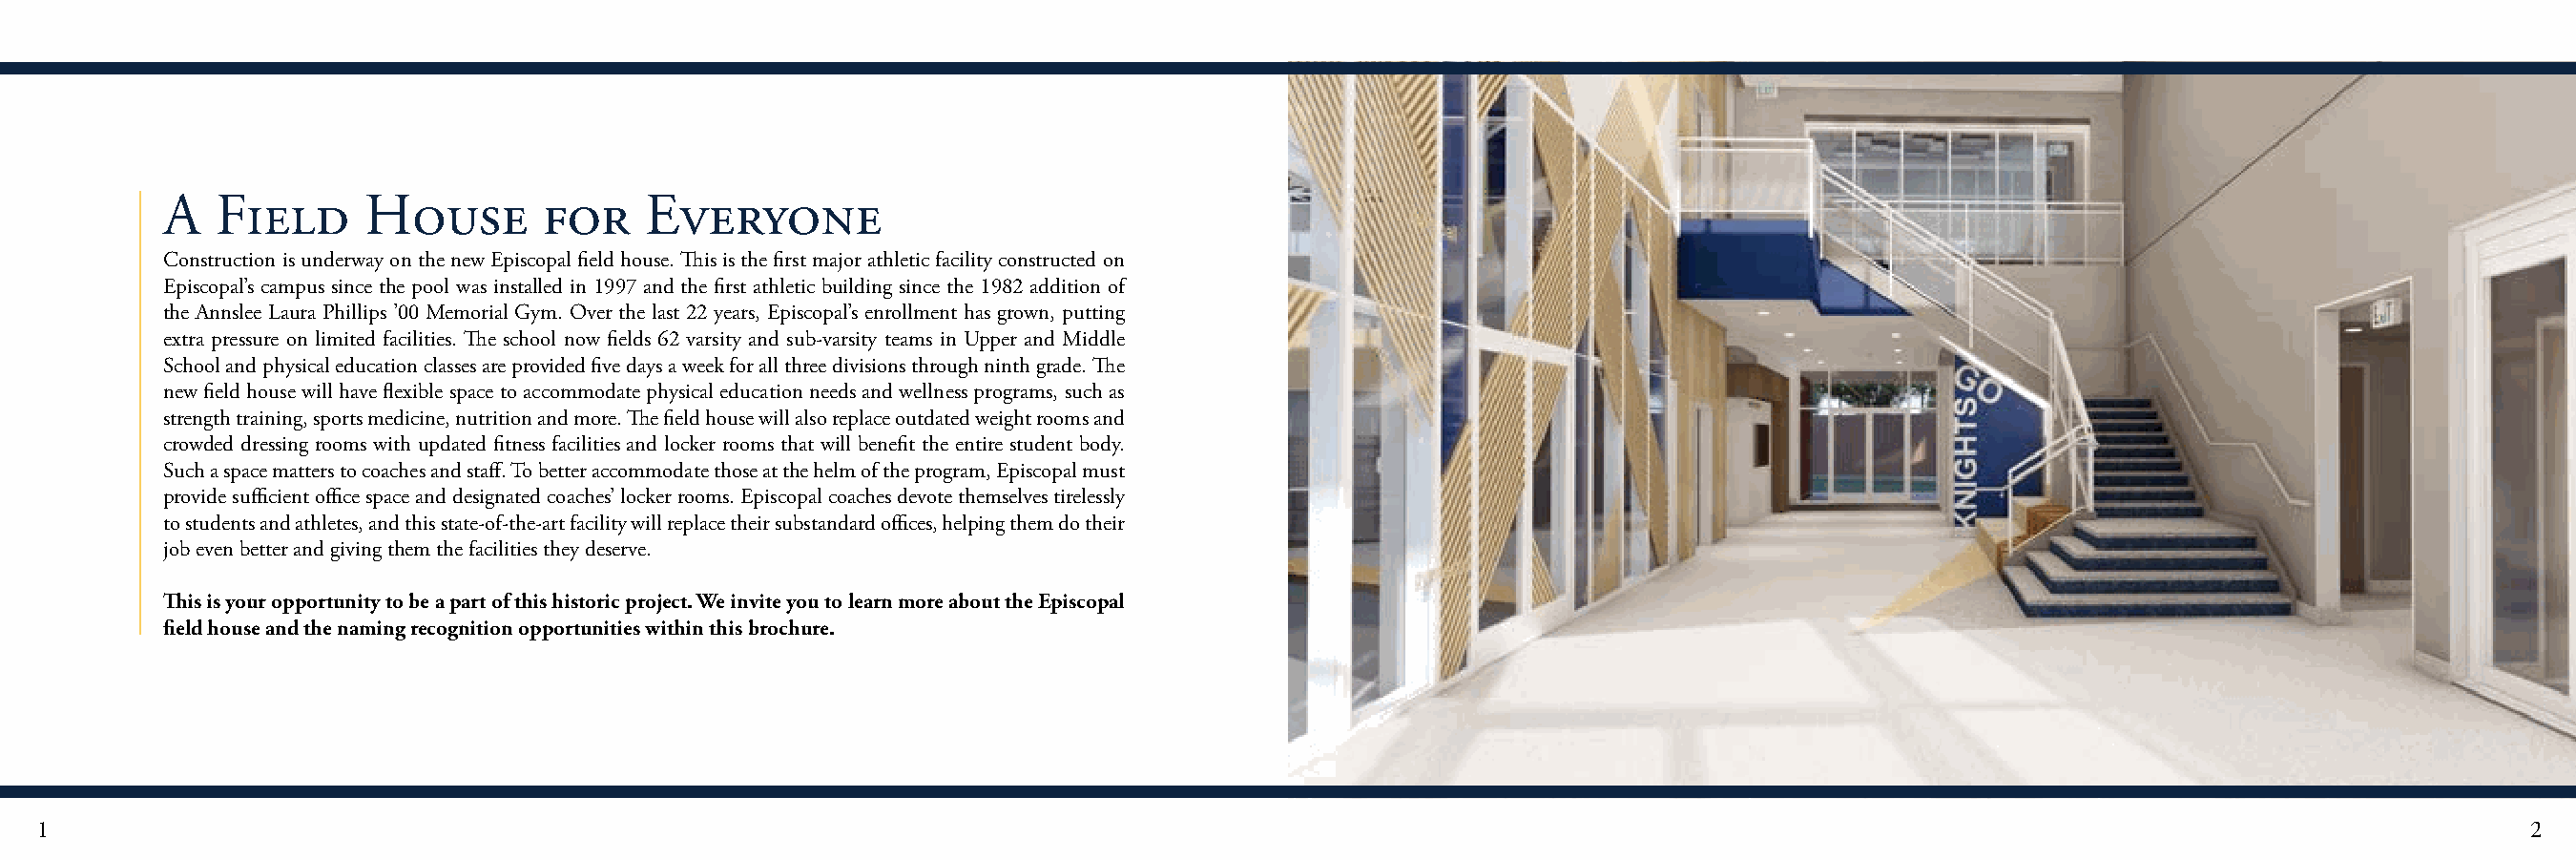
A   Field     House        for    Everyone
 Construction is underway on the new Episcopal field house. This is the first major athletic facility constructed on
 Episcopal’s campus since the pool was installed in 1997 and the first athletic building since the 1982 addition of
 the Annslee Laura Phillips ’00 Memorial Gym. Over the last 22 years, Episcopal’s enrollment has grown, putting
 extra pressure on limited facilities. The school now fields 62 varsity and sub-varsity teams in Upper and Middle
 School and physical education classes are provided five days a week for all three divisions through ninth grade. The
 new field house will have flexible space to accommodate physical education needs and wellness programs, such as
 strength training, sports medicine, nutrition and more. The field house will also replace outdated weight rooms and
 crowded dressing rooms with updated fitness facilities and locker rooms that will benefit the entire student body.
 Such a space matters to coaches and staff. To better accommodate those at the helm of the program, Episcopal must
 provide sufficient office space and designated coaches’ locker rooms. Episcopal coaches devote themselves tirelessly
 to students and athletes, and this state-of-the-art facility will replace their substandard offices, helping them do their
 job even better and giving them the facilities they deserve.
 This is your opportunity to be a part of this historic project. We invite you to learn more about the Episcopal
 field house and the naming recognition opportunities within this brochure.
 1                                                                                                                                                                            2